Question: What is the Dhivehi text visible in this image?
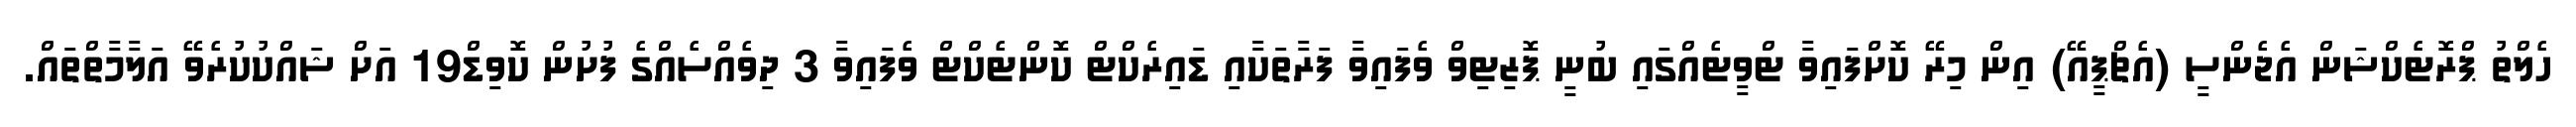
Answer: ހެލްތު ޕްރޮޓެކްޝަން އެޖެންސީ (އެޗްޕީއޭ) އިން މިރޭ ކޮށްފައިވާ ޓްވީޓެއްގައި ބުނީ ޕޮޒިޓިވް ވެފައިވާ ފަރާތަކާއި ޑައިރެކްޓް ކޮންޓެކްޓް ވެފައިވާ 3 ދިވެއްސެއްގެ ފުށުން ކޮވިޑް19 އަށް ޝައްކުކުރެވޭ އަލާމާތްތައް.